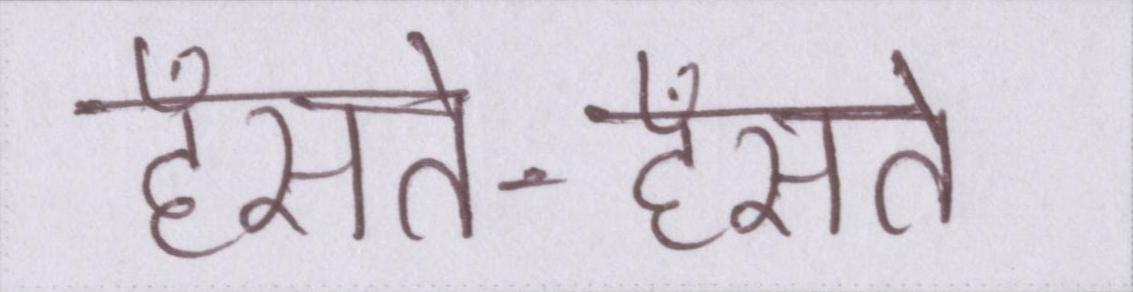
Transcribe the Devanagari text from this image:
हँसते-हँसते